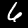
Digit: 6